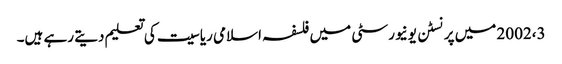
2002،3 میں پرنسٹن یونیورسٹی میں فلسفہ اسلامی ریاسیت کی تعلیم دیتے رہے ہیں۔